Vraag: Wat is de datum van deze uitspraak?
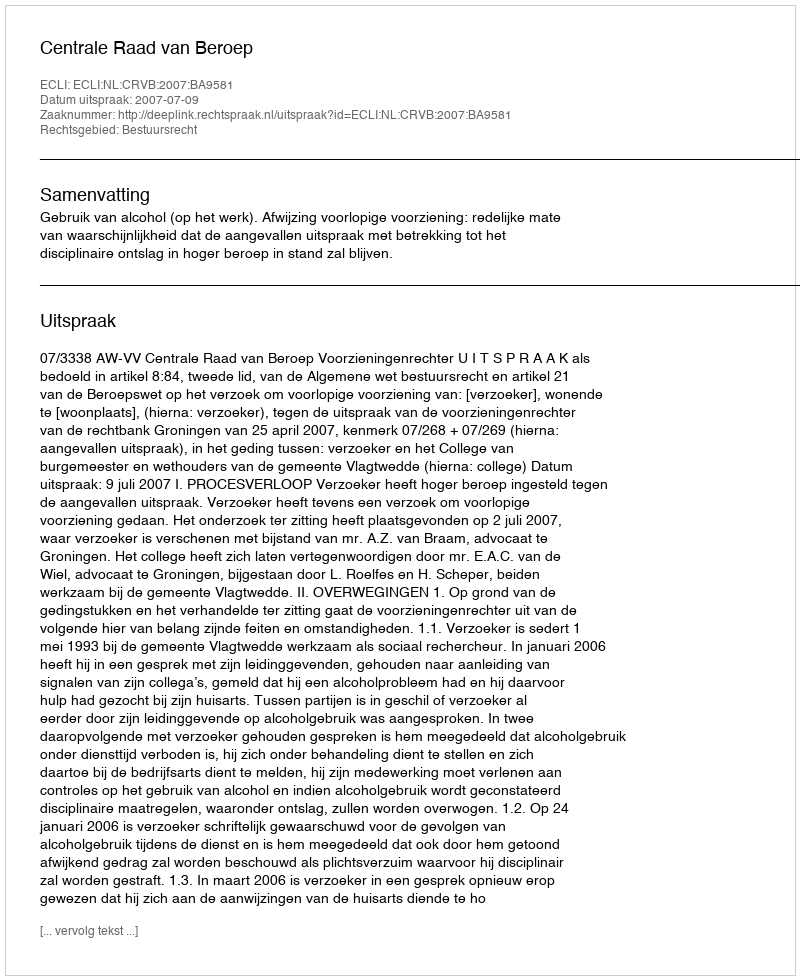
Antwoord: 2007-07-09